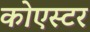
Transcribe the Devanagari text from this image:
कोएस्टर